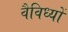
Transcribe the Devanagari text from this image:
वैविध्यों